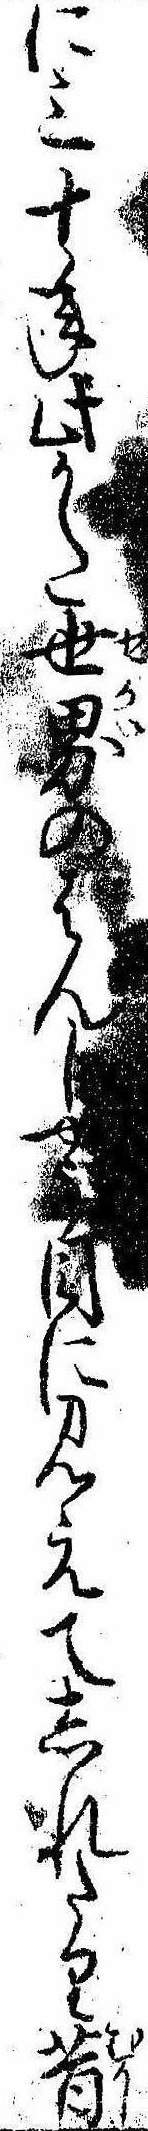
に三十年此かた世界のはんやう目に見えてしれたり昔